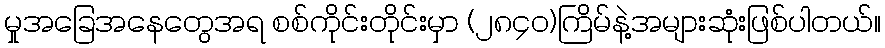
မှုအခြေအနေတွေအရ စစ်ကိုင်းတိုင်းမှာ (၂၈၄၀)ကြိမ်နဲ့အများဆုံးဖြစ်ပါတယ်။